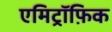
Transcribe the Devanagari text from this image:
एमिट्रॉफ़िक